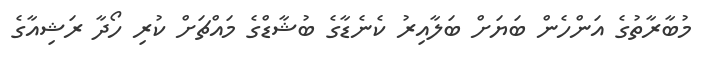
މުބާރާތުގެ އަންހެން ބަޔަށް ބަލާއިރު ކެނެޑާގެ ބުޝާޑްގެ މައްޗަށް ކުރި ހޯދާ ރަޝިއާގެ